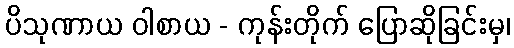
ပိသုဏာယ ဝါစာယ - ကုန်းတိုက် ပြောဆိုခြင်းမှ၊